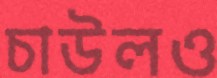
চাউলও